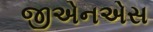
જીએનએસ